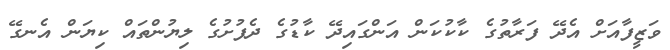
ވަޒީފާއަށް އެދޭ ފަރާތުގެ ކާކުކަން އަންގައިދޭ ކާޑުގެ ދެފުށުގެ ލިޔުންތައް ކިޔަން އެނގޭ